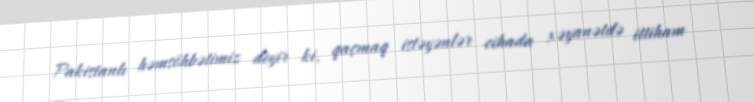
Pakistanlı həmsöhbətimiz deyir ki, qaçmaq istəyənlər cihada xəyanətdə ittiham